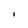
Character: l